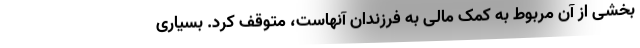
بخشی از آن مربوط به کمک مالی به فرزندان آنهاست، متوقف کرد. بسیاری